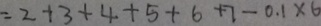
= 2 + 3 + 4 + 5 + 6 + 7 - 0 . 1 \times 6